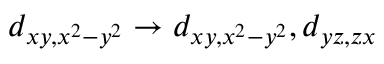
d _ { x y , x ^ { 2 } - y ^ { 2 } } \rightarrow d _ { x y , x ^ { 2 } - y ^ { 2 } } , d _ { y z , z x }